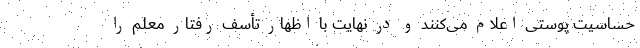
حساسیت پوستی اعلام می‌کنند و در نهایت با اظهار تأسف رفتار معلم را